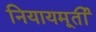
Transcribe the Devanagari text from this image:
नियायमूर्ती